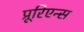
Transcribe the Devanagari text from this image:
प्रूरिएन्स